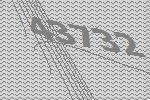
43732